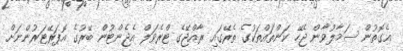
އެގޮތުން ސަމާލުވާން ޖެހޭ ކަންތައްތަކުގެ ތެރޭގައި ރާއްޖޭގެ ޓްރެވަލް އެޖެންޓުން ބޭރުގެ އޮޕަރޭޓަރުންނަށް